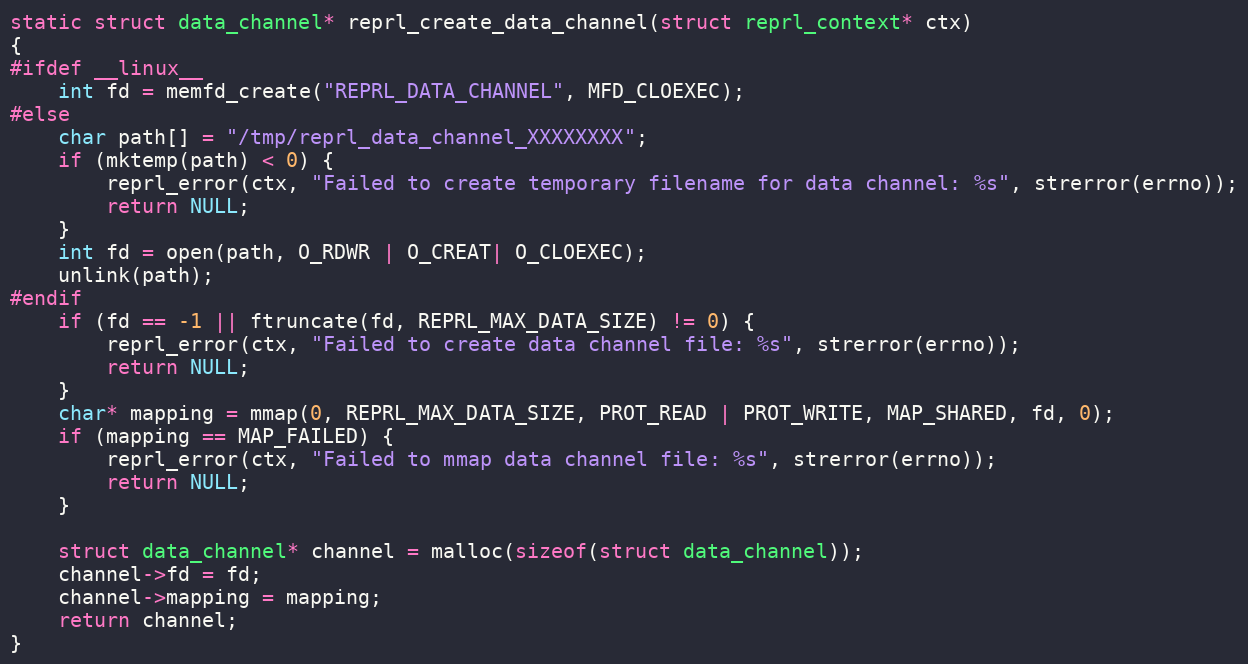
Language: C
static struct data_channel* reprl_create_data_channel(struct reprl_context* ctx)
{
#ifdef __linux__
    int fd = memfd_create("REPRL_DATA_CHANNEL", MFD_CLOEXEC);
#else
    char path[] = "/tmp/reprl_data_channel_XXXXXXXX";
    if (mktemp(path) < 0) {
        reprl_error(ctx, "Failed to create temporary filename for data channel: %s", strerror(errno));
        return NULL;
    }
    int fd = open(path, O_RDWR | O_CREAT| O_CLOEXEC);
    unlink(path);
#endif
    if (fd == -1 || ftruncate(fd, REPRL_MAX_DATA_SIZE) != 0) {
        reprl_error(ctx, "Failed to create data channel file: %s", strerror(errno));
        return NULL;
    }
    char* mapping = mmap(0, REPRL_MAX_DATA_SIZE, PROT_READ | PROT_WRITE, MAP_SHARED, fd, 0);
    if (mapping == MAP_FAILED) {
        reprl_error(ctx, "Failed to mmap data channel file: %s", strerror(errno));
        return NULL;
    }

    struct data_channel* channel = malloc(sizeof(struct data_channel));
    channel->fd = fd;
    channel->mapping = mapping;
    return channel;
}